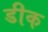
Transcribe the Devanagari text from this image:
डीक